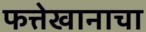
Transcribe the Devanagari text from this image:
फत्तेखानाचा